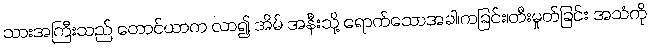
သားအကြီးသည် တောင်ယာက လာ၍ အိမ် အနီးသို့ ရောက်သောအခါ၊ကခြင်း၊တီးမှုတ်ခြင်း အသံကို